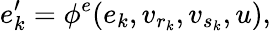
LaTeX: e_{k}^{\prime}=\phi^{e}(e_{k},v_{r_{k}},v_{s_{k}},u),